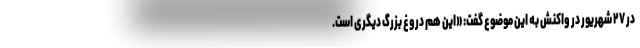
در ۲۷ شهریور در واکنش به این موضوع گفت: «این هم دروغ بزرگ دیگری است.